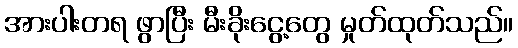
အားပါးတရ ဖွာပြီး မီးခိုးငွေ့တွေ မှုတ်ထုတ်သည်။